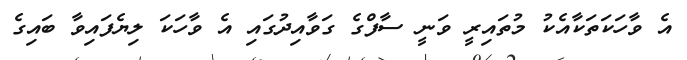
އެ ވާހަކަތަކާއެކު މުތައިރީ ވަނީ ސާފްގެ ގަވާއިދުގައި އެ ވާހަކަ ލިޔެފައިވާ ބައިގެ